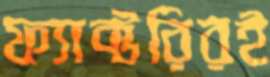
ফ্যাক্টরিরই